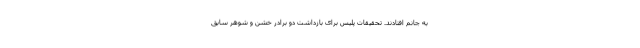
به جانم افتادند. تحقیقات پلیس برای بازداشت دو برادر خشن و شوهر سابق